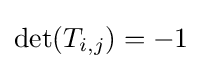
\det(T_{i,j})=-1